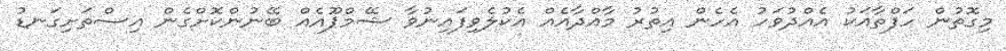
މިގޮތުން ހަފްތާއަކު އެއްދުވަހު އެހެން އިތުރު މާއްދާއެއް އެކުލެވިފައިނުވާ ޝޭމްޕޫއެއް ބޭނުންކޮށްގެން އިސްތަށިގަނޑު